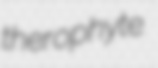
therophyte